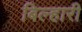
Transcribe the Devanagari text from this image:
बिल्हारी